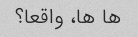
ها ها، واقعا؟